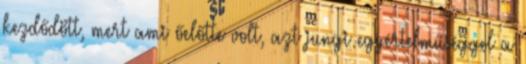
kezdődött, mert ami őelőtte volt, azt jungi egyértelműséggel a